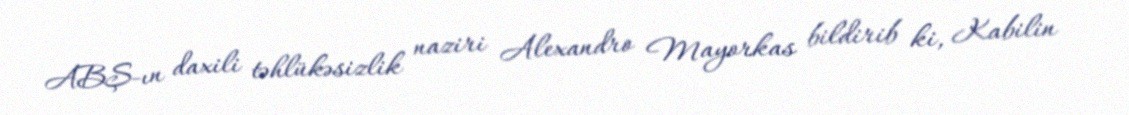
ABŞ-ın daxili təhlükəsizlik naziri Alexandro Mayorkas bildirib ki, Kabilin